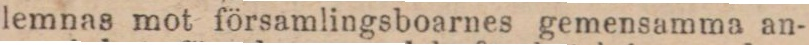
lemnas mot församlingsboarnes gemensamma an-